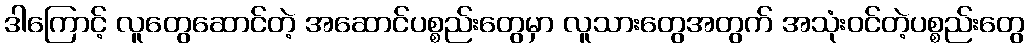
ဒါကြောင့် လူတွေဆောင်တဲ့ အဆောင်ပစ္စည်းတွေမှာ လူသားတွေအတွက် အသုံးဝင်တဲ့ပစ္စည်းတွေ